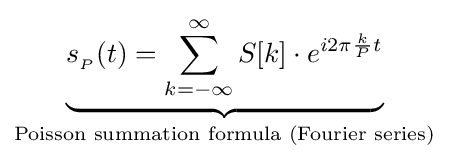
\underbrace {s_{_{P}}(t)=\sum _{k=-\infty }^{\infty }S[k]\cdot e^{i2\pi {\frac {k}{P}}t}} _{\text{Poisson summation formula (Fourier series)}}